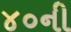
૪૦ની